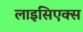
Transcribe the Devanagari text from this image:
लाइसिएक्स